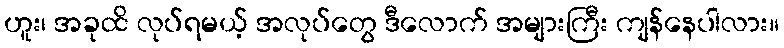
ဟူး၊ အခုထိ လုပ်ရမယ့် အလုပ်တွေ ဒီလောက် အများကြီး ကျန်နေပါလား။